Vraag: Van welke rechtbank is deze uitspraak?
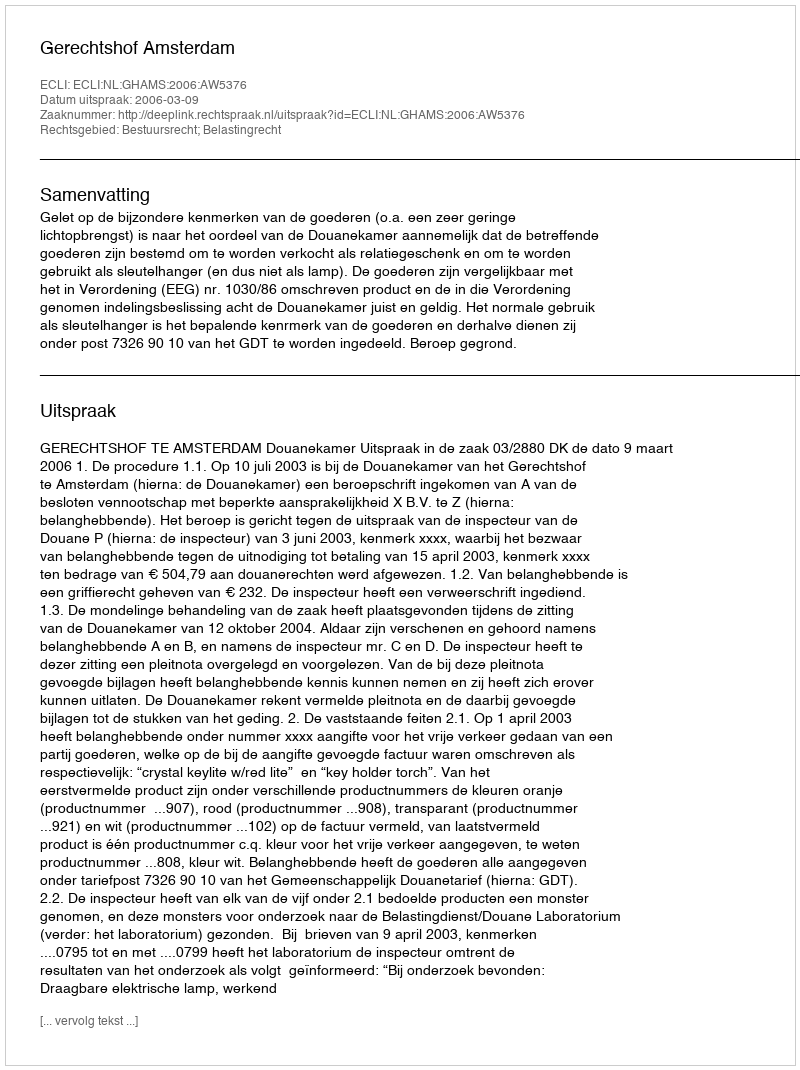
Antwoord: Gerechtshof Amsterdam